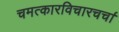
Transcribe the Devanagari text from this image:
चमत्कारविचारचर्चा